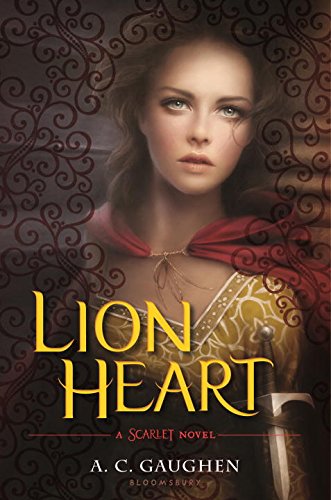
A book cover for Lion Heart: A Scarlet Novel; A.C. Gaughen; Teen & Young Adult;